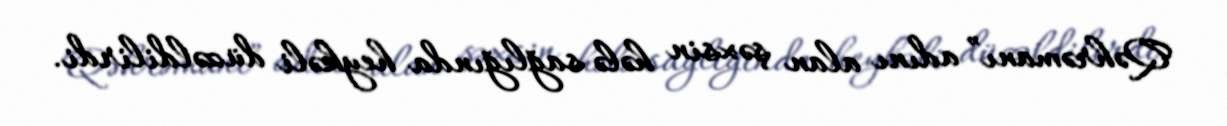
Qəhrəmanı” adını alan şəxsin hələ sağlığında heykəli düzəldilirdi.